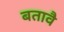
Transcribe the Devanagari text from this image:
बतावै